Source: Handwritten
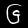
Digit: ၆ (6)